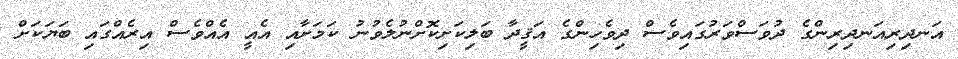
އަނދިރިއަނދިރިންގެ ދުވަސްވަރުގައިވެސް ދިވެހިންގެ އަޤީދާ ބަލިކަށިކޮށްނުލެވުނު ކަމަށާއި އެއީ އެއްވެސް އިރެއްގައި ބަޔަކަށް